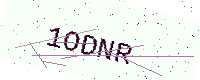
Text: 1ODNR